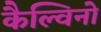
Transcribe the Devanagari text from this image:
कैल्विनो